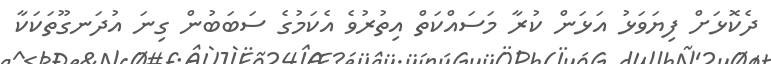
ދެކޮޅަށް ފިޔަވަޅު އަޅަން ކުރާ މަސައްކަތް އިތުރުވެ އެކަމުގެ ސަބަބުން ގިނަ އުދަނގޫތަކަކާ